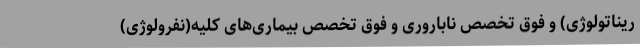
ریناتولوژی) و فوق تخصص ناباروری و فوق تخصص بیماری‌های کلیه(نفرولوژی)